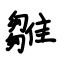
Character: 雛